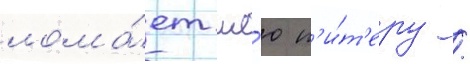
лома́ет ше́ю п'и́т'еру /